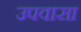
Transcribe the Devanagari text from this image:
उपवासा